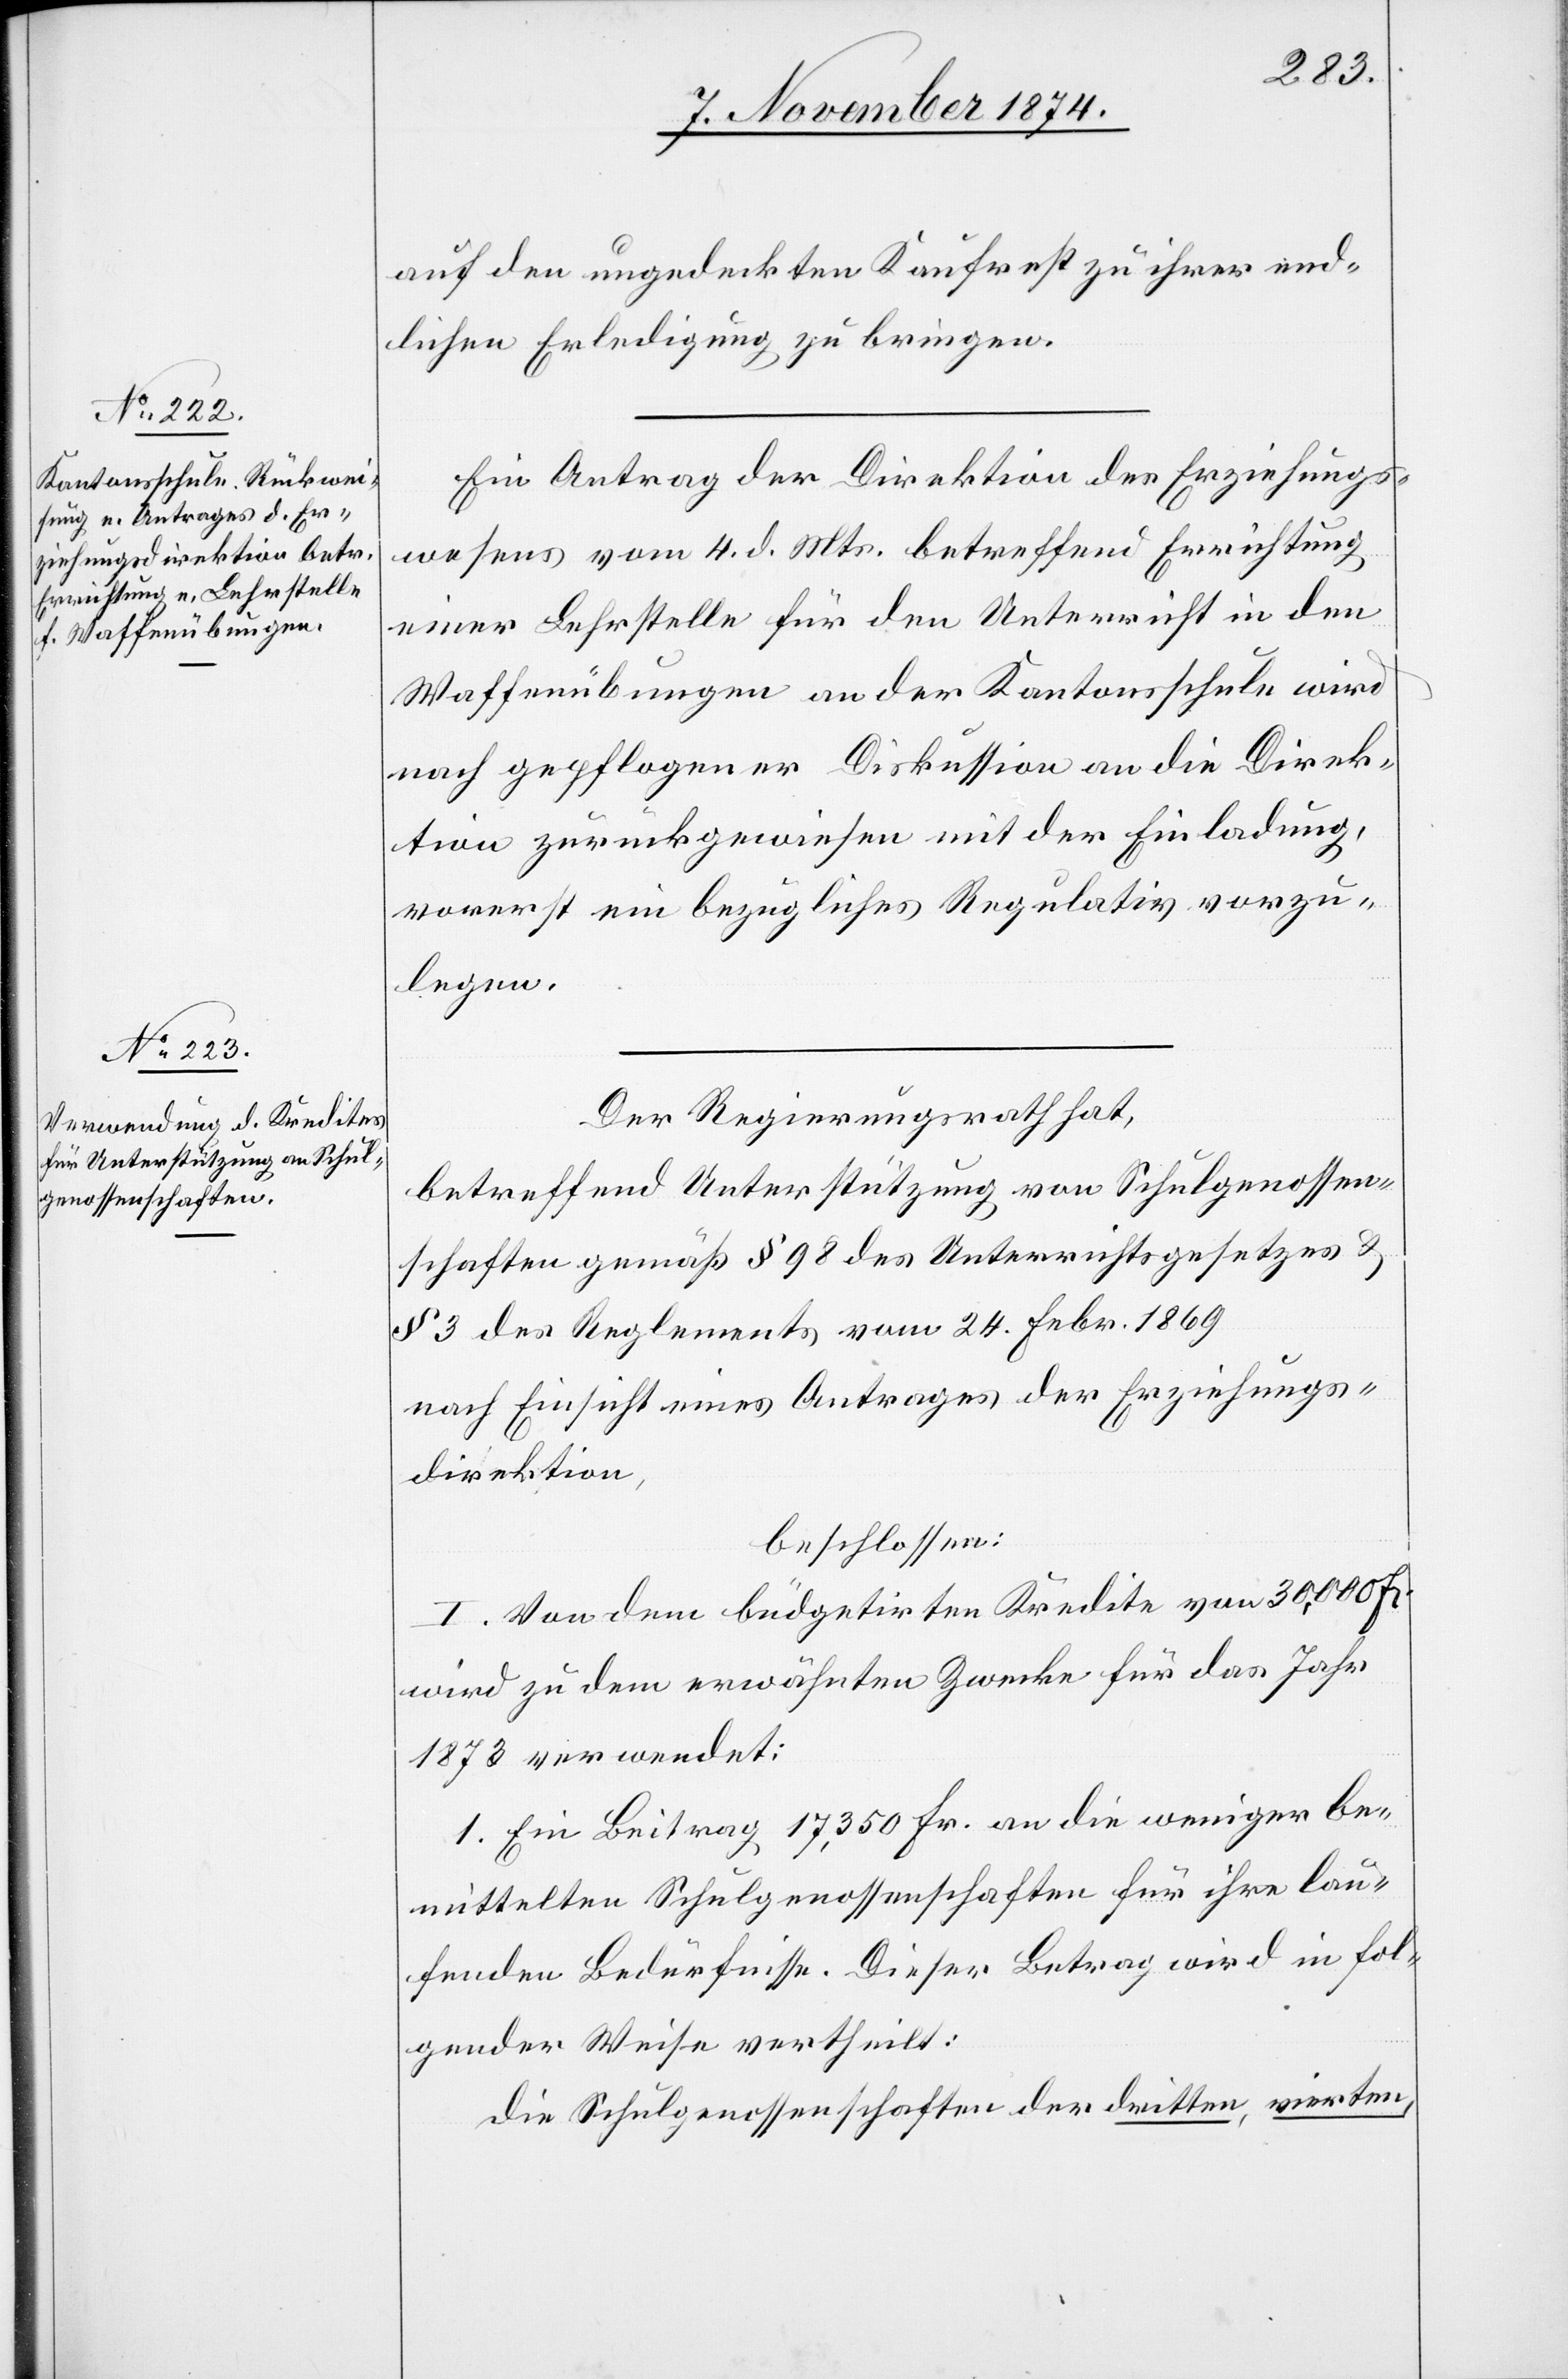
auf den ungedeckten Kaufrest zu ihrer end¬
lichen Erledigung zu bringen.
Ein Antrag der Direktion des Erziehungs¬
wesens vom 4. d. Mts. betreffend Errichtung
einer Lehrstelle für den Unterricht in den
Waffenübungen an der Kantonsschule wird
nach gepflogener Diskussion an die Direk¬
tion zurückgewiesen mit der Einladung,
vorerst ein bezügliches Regulativ vorzu¬
legen.
Der Regierungsrath hat,
betreffend Unterstützung von Schulgenossen¬
schaften gemäß § 98 des Unterrichtsgesetzes &
§ 3 des Reglements vom 24. Febr. 1869
nach Einsicht eines Antrages der Erziehungs¬
direktion,
beschlossen:
I. Von dem büdgetirten Kredite von 30,000 Fr.
wird zu dem erwähnten Zwecke für das Jahr
1873 verwendet:
1. Ein Beitrag 17,350 Fr. an die weniger be¬
mittelten Schulgenossenschaften für ihre lau¬
fenden Bedürfnisse. Dieser Betrag wird in fol¬
gender Weise vertheilt:
die Schulgenossenschaften der dritten, vierten,